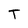
Character: T